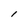
Character: I